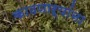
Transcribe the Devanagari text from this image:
काढणाऱ्यांना